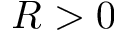
R > 0